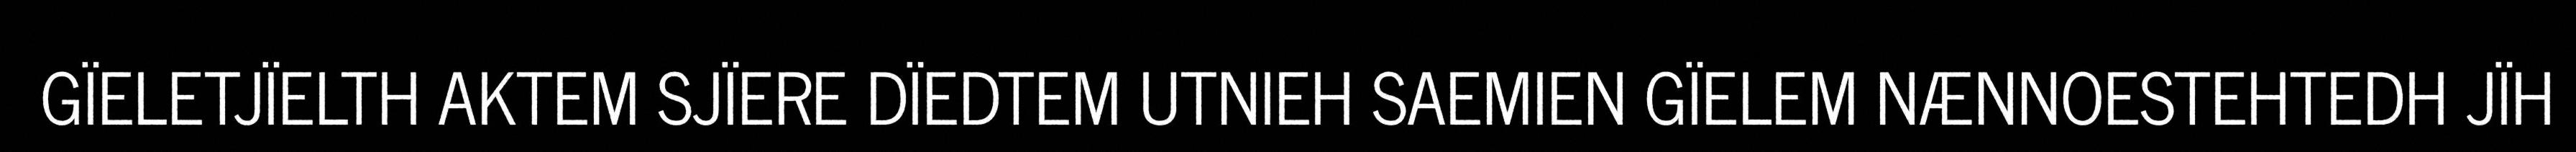
GÏELETJÏELTH AKTEM SJÏERE DÏEDTEM UTNIEH SAEMIEN GÏELEM NÆNNOESTEHTEDH JÏH